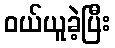
ဝယ်ယူခဲ့ပြီး